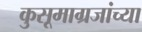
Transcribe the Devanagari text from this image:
कुसूमाग्रजांच्‍या